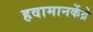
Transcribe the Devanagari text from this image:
हवामानकेंद्रे